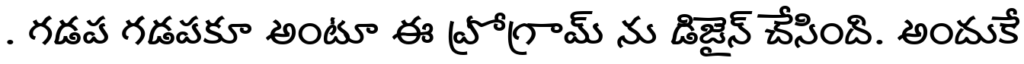
. గడప గడపకూ అంటూ ఈ ప్రోగ్రామ్ ను డిజైన్ చేసింది. అందుకే